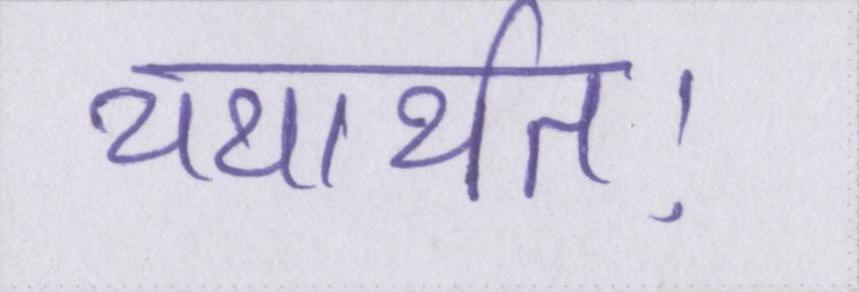
यथार्थतः